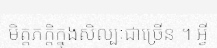
មិត្តភក្តិក្នុងសិល្បៈជាច្រើន ។ អ្វី